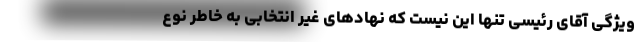
ویژگی آقای رئیسی تنها این نیست که نهادهای غیر انتخابی به خاطر نوع